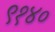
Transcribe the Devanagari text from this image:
९१४०